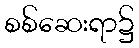
စစ်ဆေးရာ၌